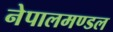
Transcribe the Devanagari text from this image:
नेपालमण्डल